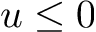
u \leq 0